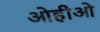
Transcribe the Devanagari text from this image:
ओहीओ